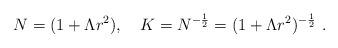
LaTeX: \begin{align*}N=(1+\Lambda r^2), \quad K=N^{-\frac{1}{2}}=(1+\Lambda r^2)^{-\frac{1}{2}}\ .\end{align*}